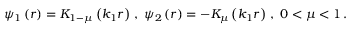
\psi _ { 1 } \left( r \right) = K _ { 1 - \mu } \left( k _ { 1 } r \right) \, , \; \psi _ { 2 } \left( r \right) = - K _ { \mu } \left( k _ { 1 } r \right) \, , \; 0 < \mu < 1 \, .